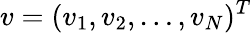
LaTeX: v=(v_{1},v_{2},\ldots,v_{N})^{T}